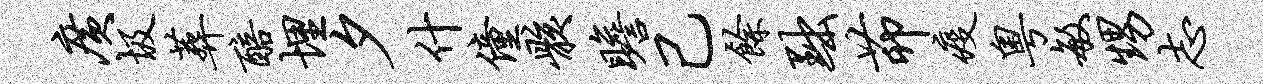
广圾葬醅埋夕什僮骸瞻己余黜茆疫粤敏甥志